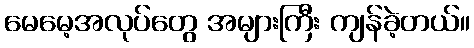
မေမေ့အလုပ်တွေ အများကြီး ကျန်ခဲ့တယ်။